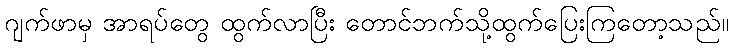
ဂျက်ဖာမှ အာရပ်တွေ ထွက်လာပြီး တောင်ဘက်သို့ထွက်ပြေးကြတော့သည်။